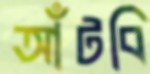
আঁটবি